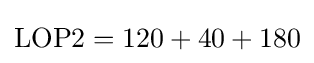
{\mbox{LOP2}}=120+40+180